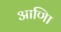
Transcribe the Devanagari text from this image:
आणिा